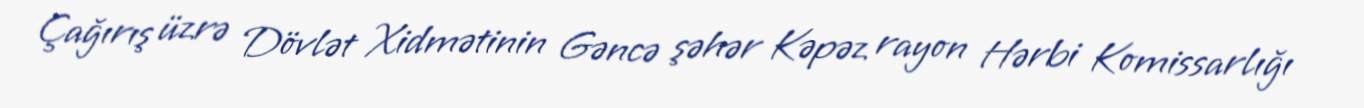
Çağırış üzrə Dövlət Xidmətinin Gəncə şəhər Kəpəz rayon Hərbi Komissarlığı